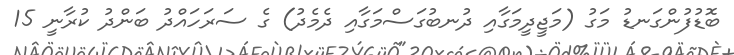
ބޮޑުފުންގަނޑު މަގު (މަޖީދީމަގާއި ދުނބުގަސްމަގާއި ދެމެދު) ގެ ސަރަހައްދު ބަންދު ކުރާނީ 15